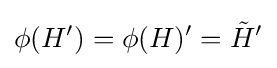
\phi (H')=\phi (H)'={\tilde {H}}'